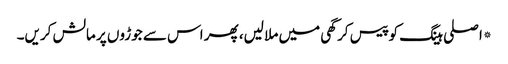
*اصلی ہینگ کو پیس کر گھی میں ملا لیں، پھر اس سے جوڑوں پر مالش کریں۔